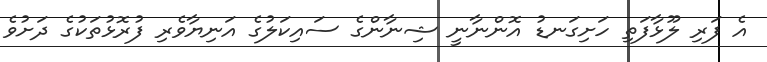
އެ ފަރި ލޫޅާފަތި ހަށިގަނޑު އޮންނާނީ ޝިނާންގެ ސައިކަލުގެ އަނިޔާވެރި ފުރޮޅުތަކުގެ ދަށުވެ